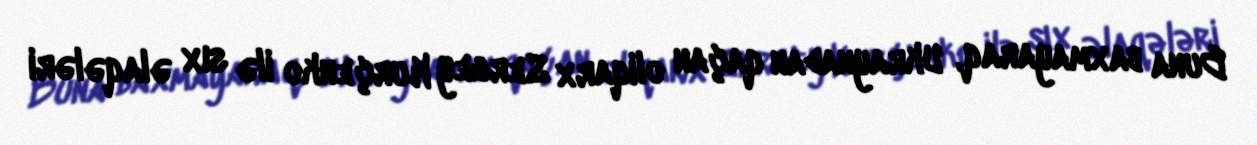
Buna baxmayaraq, Ukraynadan qaçan oliqarx Sergey Kurçenko ilə sıx əlaqələri